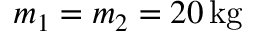
m _ { 1 } = m _ { 2 } = 2 0 \, \mathrm { k g }